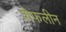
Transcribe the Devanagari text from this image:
शेफलीन